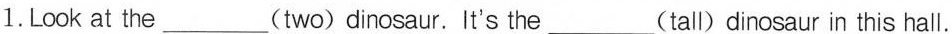
1.Look at the_______(two)dinosaur. It's the_______(tall) dinosaur in this hall.